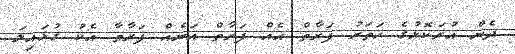
ދެން އުރަކޮޅުގެ ހަތަރު ފަރާތް އެއް ފަރާތް އަނެއް ފަރާތާ އެކު ގުޅައިލަ